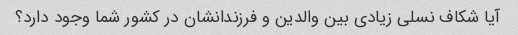
آیا شکاف نسلی زیادی بین والدین و فرزندانشان در کشور شما وجود دارد؟